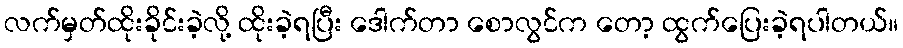
လက်မှတ်ထိုးခိုင်းခဲ့လို့ ထိုးခဲ့ရပြီး ဒေါက်တာ စောလွင်က တော့ ထွက်ပြေးခဲ့ရပါတယ်။